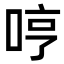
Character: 哼